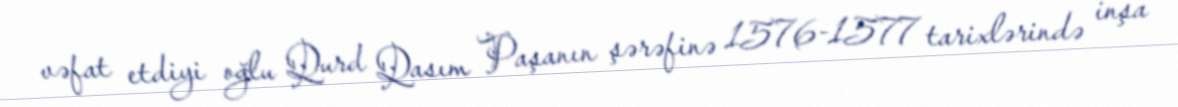
vəfat etdiyi oğlu Qurd Qasım Paşanın şərəfinə 1576-1577 tarixlərində inşa